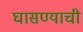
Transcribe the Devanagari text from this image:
घासण्याची